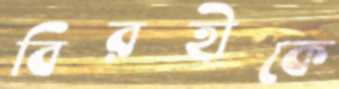
বিরহীকে